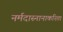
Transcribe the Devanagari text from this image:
नर्मदास्नानाकरिता